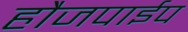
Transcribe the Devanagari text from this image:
हौजपाईप